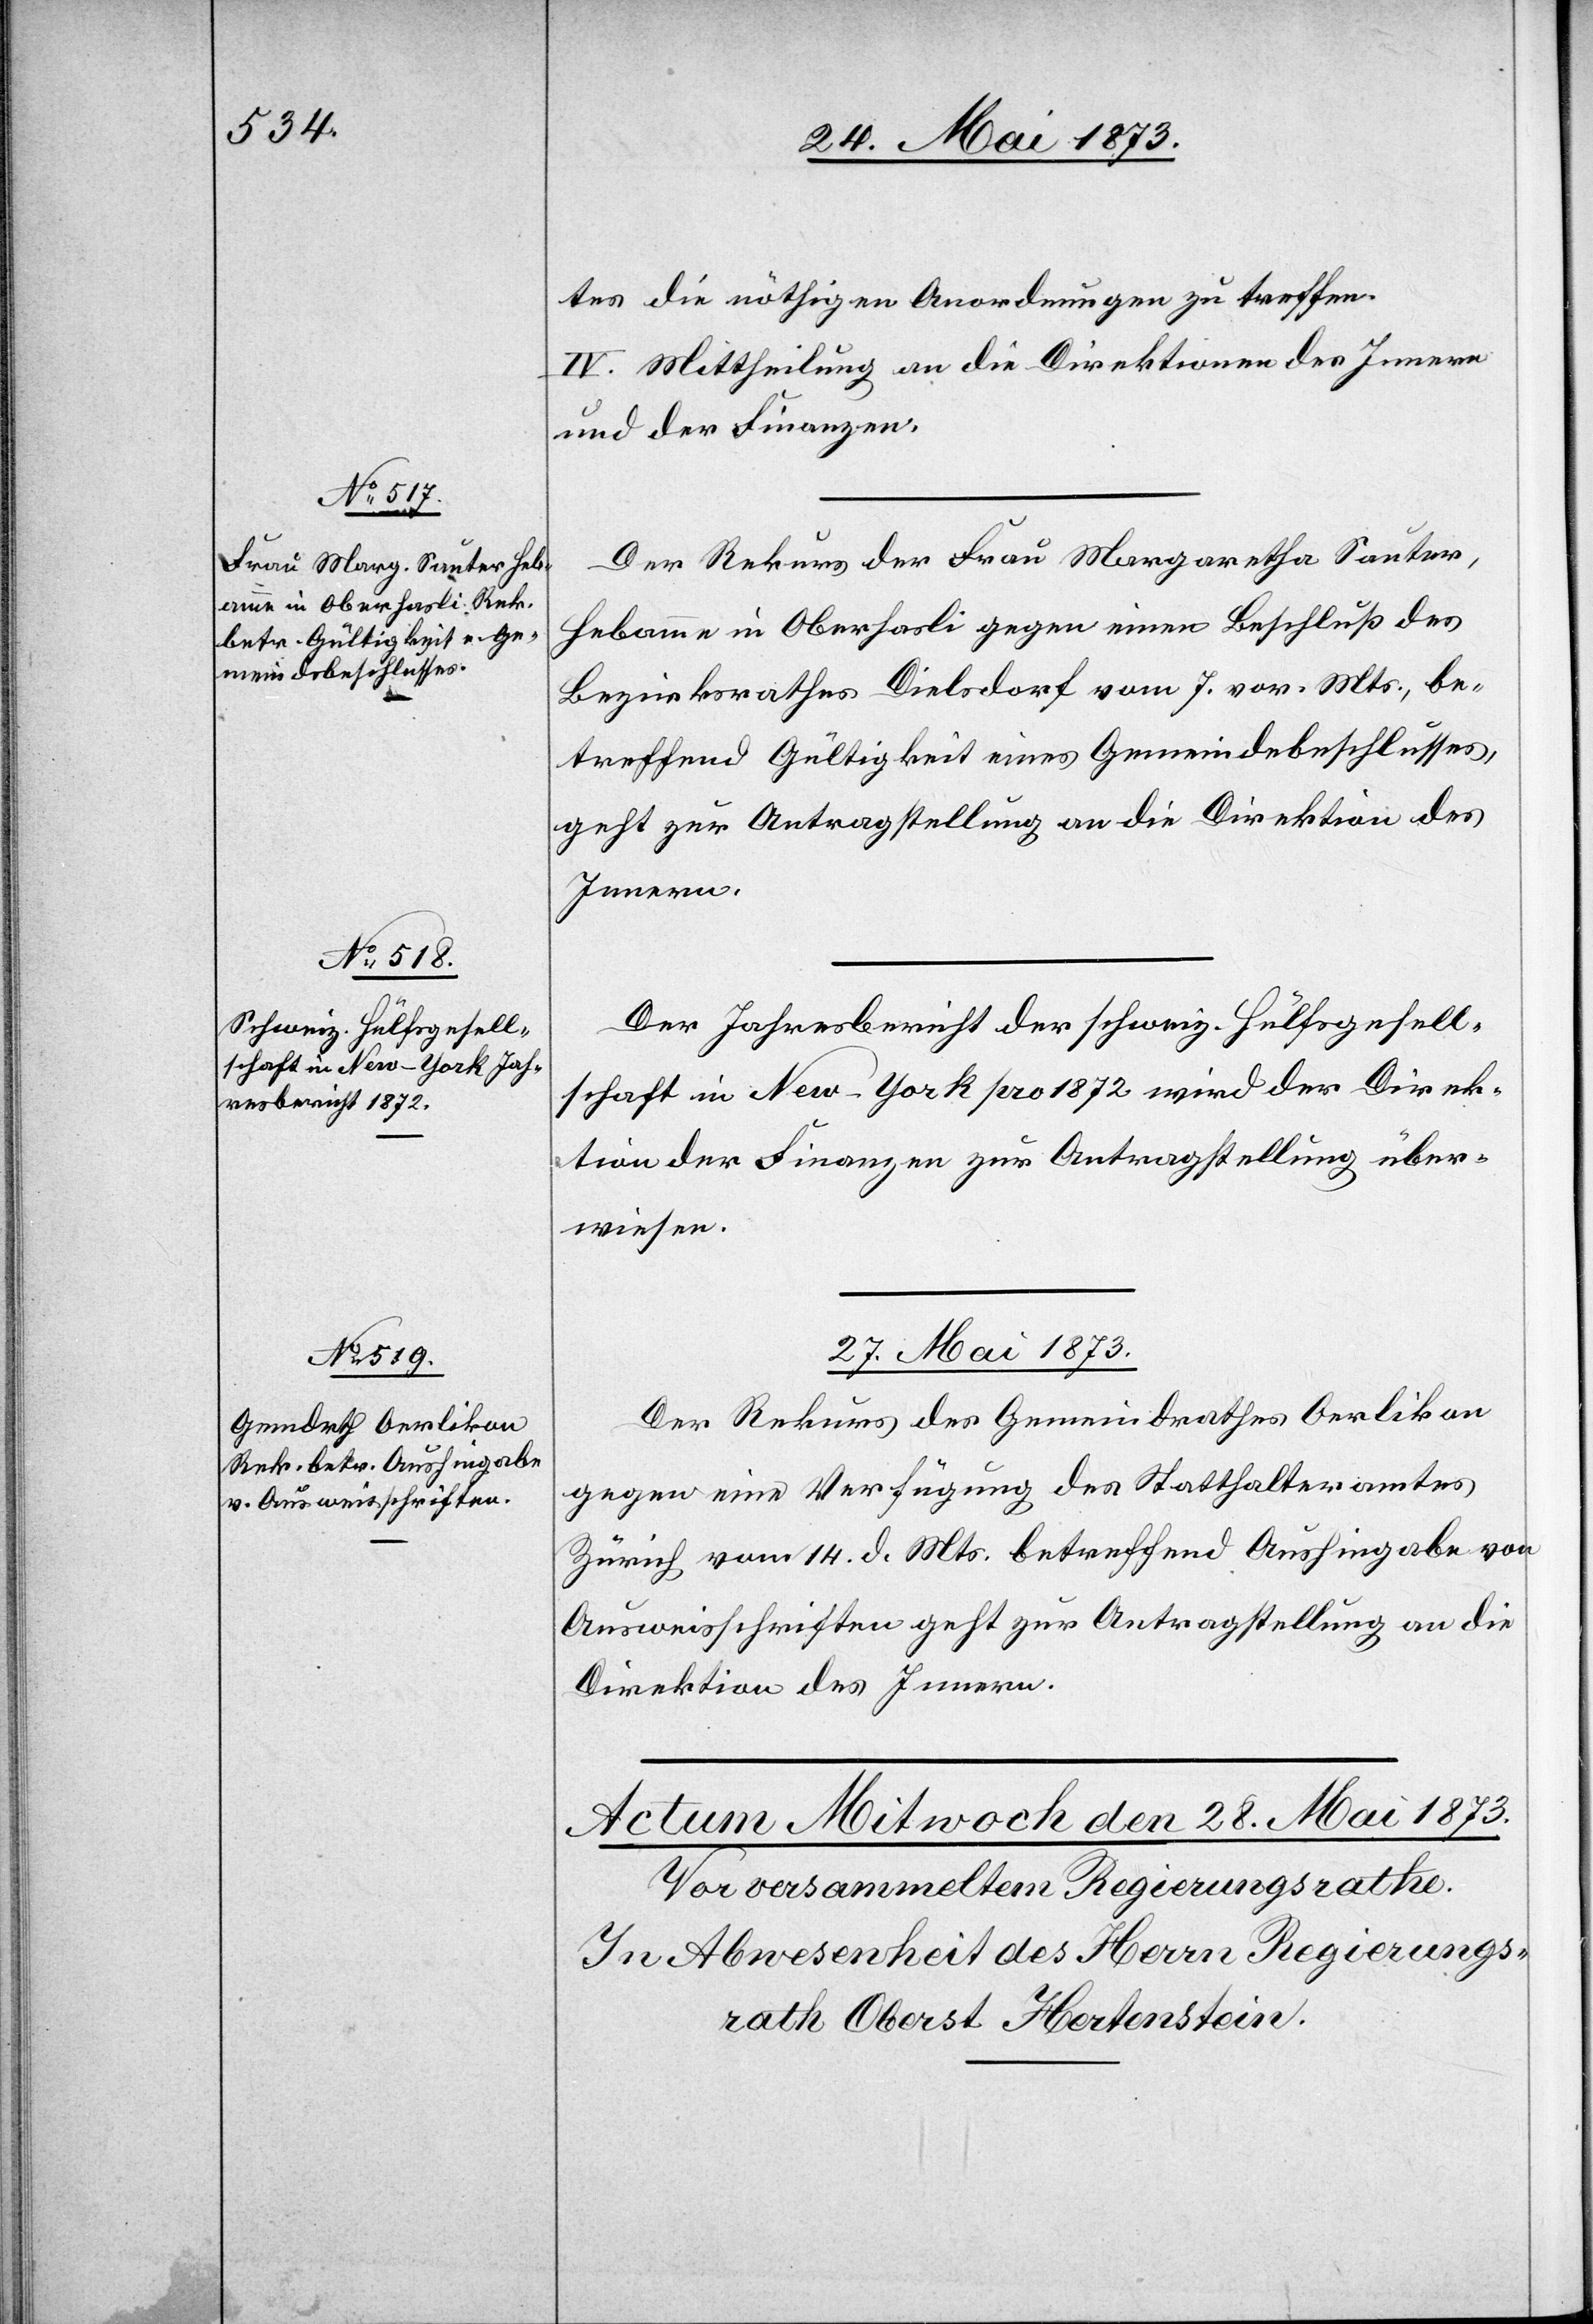
26. Mai 1873.]
tes die nöthigen Anordnungen zu treffen.
IV. Mittheilung an die Direktion des Innern
und der Finanzen.
Der Rekurs der Frau Margaretha Sauter,
Hebamme in Oberhasli gegen einen Beschluß des
Bezirksrathes Dielsdorf vom 7. vor. Mts., be¬
treffend Gültigkeit eines Gemeindebeschlusses,
geht zur Antragstellung an die Direktion des
Innern.
Der Jahresbericht der schweiz. Hülfsgesll¬
schaft in New-York pro 1872 wird der Direk¬
tion der Finanzen zur Antragstellung über¬
wiesen.
27. Mai 1873.
Der Rekurs des Gemeindrathes Oerlikon
gegen eine Verfügung des Statthalteramtes
Zürich vom 14. d. Mts. betreffend Aushingabe von
Ausweisschriften geht zur Antragstellung an die
Direktion des Innern.